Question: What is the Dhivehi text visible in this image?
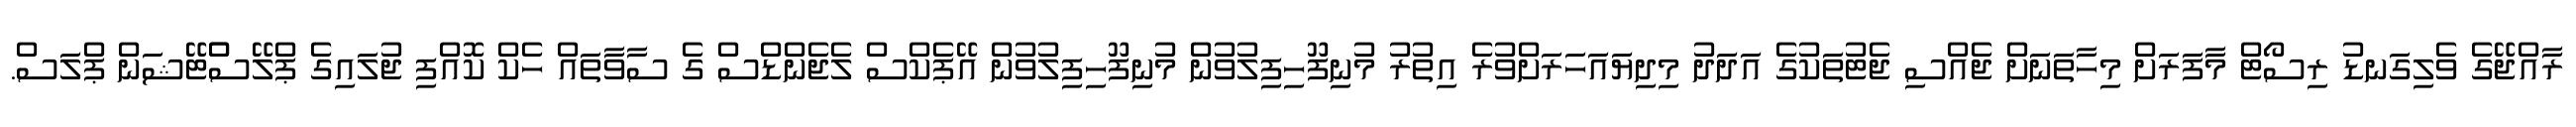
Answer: ރާއްޖޭގެ ވެލިގަނޑު ރިސޯޓް މާފަރަށް މިހާތަނަށް ޖެއްސި ޖެޓުތަކުގެ އަދަދު މިދިޔައަހަރަށްވުރެ އިތުރު މުނިފޫހިފިލުވުން މުނިފޫހިފިލުވުން އޭޕެކްސް ލެޖެންޑްސް ގެ ސާވާތައް ހެކް ކޮއްފި ޖުލައިގެ ޕްލޭސްްޓޭޝަން ޕްލަސް.